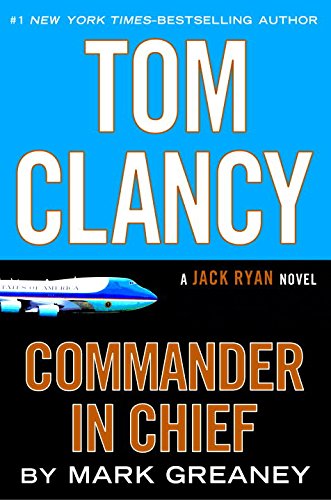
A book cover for Tom Clancy Commander in Chief: A Jack Ryan Novel; Mark Greaney; Mystery, Thriller & Suspense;